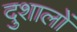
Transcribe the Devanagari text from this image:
दुशालों